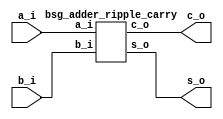


module top
(
  a_i,
  b_i,
  s_o,
  c_o
);

  input [15:0] a_i;
  input [15:0] b_i;
  output [15:0] s_o;
  output c_o;

  bsg_adder_ripple_carry
  wrapper
  (
    .a_i(a_i),
    .b_i(b_i),
    .s_o(s_o),
    .c_o(c_o)
  );


endmodule



module bsg_adder_ripple_carry
(
  a_i,
  b_i,
  s_o,
  c_o
);

  input [15:0] a_i;
  input [15:0] b_i;
  output [15:0] s_o;
  output c_o;
  wire [15:0] s_o;
  wire c_o;
  assign { c_o, s_o } = a_i + b_i;

endmodule